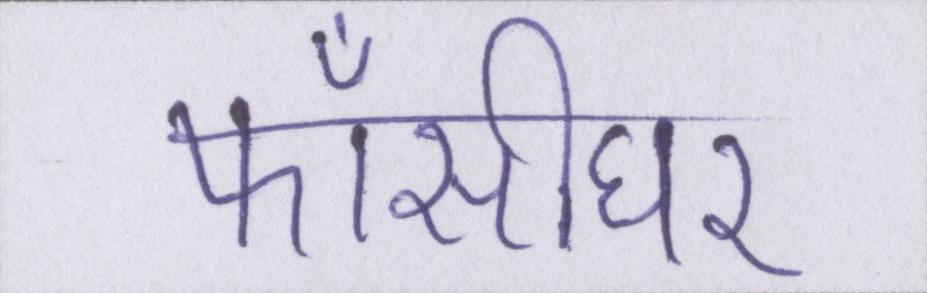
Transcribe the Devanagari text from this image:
फाँसीघर